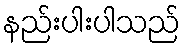
နည်းပါးပါသည်